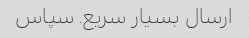
ارسال بسیار سریع. سپاس